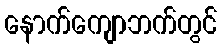
နောက်ကျောဘက်တွင်